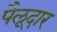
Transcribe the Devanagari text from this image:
पैलूदार